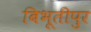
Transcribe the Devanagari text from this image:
बिभूतीपुर